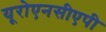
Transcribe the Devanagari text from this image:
यूरोएनसीएपी